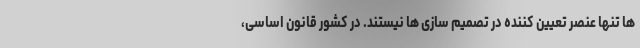
ها تنها عنصر تعیین کننده در تصمیم سازی ها نیستند. در کشور قانون اساسی،